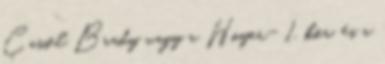
Cassel Brady vagy a Hoyer- 1. kör, és a